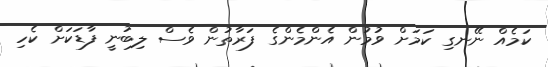
ކަމެއް ނޭނގި ކަމަށް ވުމުން އެންމެންގެ ފަރާތުން ވެސް ލިބުނީ ފާޑަކަށް ކެހި